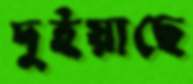
দুইয়াছে